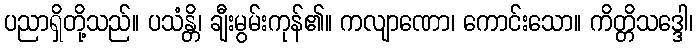
ပညာရှိတို့သည်။ ပသံန္တိ၊ ချီးမွမ်းကုန်၏။ ကလျာဏော၊ ကောင်းသော။ ကိတ္တိသဒ္ဒေါ၊